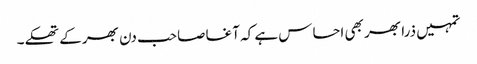
تمہیں ذرا بھر بھی احساس ہے کہ آغا صاحب دن بھر کے تھکے۔